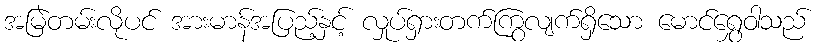
အမြဲတမ်းလိုပင် အားမာန်အပြည့်နှင့် လှုပ်ရှားတက်ကြွလျက်ရှိသော မောင်ရွှေဝါသည်